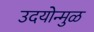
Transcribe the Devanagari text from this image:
उदयोन्मुळ